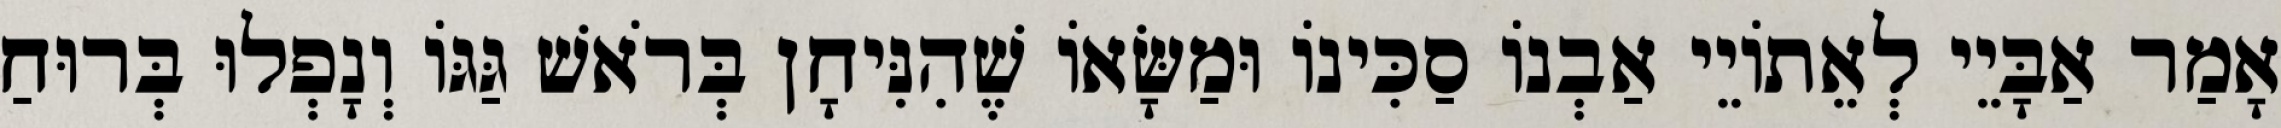
אָמַר אַבָּיֵי לְאֵתוֹיֵי אַבְנוֹ סַכִּינוֹ וּמַשָּׂאוֹ שֶׁהִנִּיחָן בְּרֹאשׁ גַּגּוֹ וְנָפְלוּ בְּרוּחַ